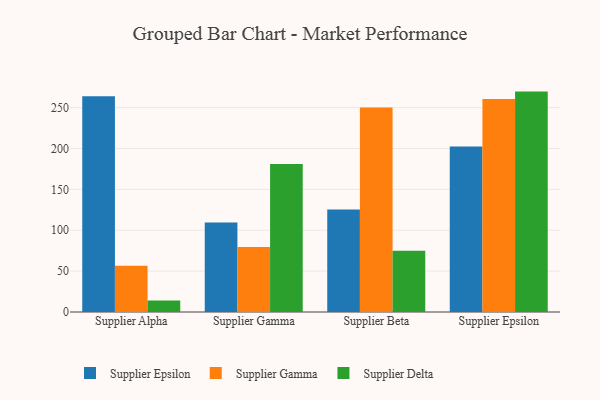
{"axis": {"x": "Supplier", "y": "Temperature (°C)"}, "legend": ["Supplier Delta", "Supplier Epsilon", "Supplier Gamma"], "data": [{"x": "Supplier Alpha", "y": 263.8, "type": "Supplier Epsilon"}, {"x": "Supplier Alpha", "y": 56.6, "type": "Supplier Gamma"}, {"x": "Supplier Alpha", "y": 14.1, "type": "Supplier Delta"}, {"x": "Supplier Gamma", "y": 109.5, "type": "Supplier Epsilon"}, {"x": "Supplier Gamma", "y": 79.6, "type": "Supplier Gamma"}, {"x": "Supplier Gamma", "y": 180.9, "type": "Supplier Delta"}, {"x": "Supplier Beta", "y": 125.4, "type": "Supplier Epsilon"}, {"x": "Supplier Beta", "y": 250.0, "type": "Supplier Gamma"}, {"x": "Supplier Beta", "y": 74.9, "type": "Supplier Delta"}, {"x": "Supplier Epsilon", "y": 202.5, "type": "Supplier Epsilon"}, {"x": "Supplier Epsilon", "y": 260.4, "type": "Supplier Gamma"}, {"x": "Supplier Epsilon", "y": 269.6, "type": "Supplier Delta"}]}